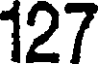
127